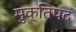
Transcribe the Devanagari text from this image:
मुक्तिपदं